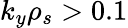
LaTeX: k_{y}\rho_{s}>0.1